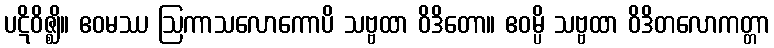
ပဋိဝိဇ္ဈိ။ ဧဝမဿ ဩကာသလောကောပိ သဗ္ဗထာ ဝိဒိတော။ ဧဝမ္ပိ သဗ္ဗထာ ဝိဒိတလောကတ္တာ